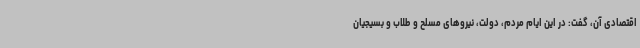
اقتصادی آن، گفت: در این ایام مردم، دولت، نیروهای مسلح و طلاب و بسیجیان